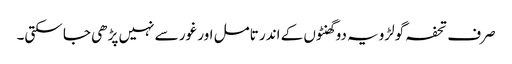
صرف تحفہ گولڑویہ دو گھنٹوں کے اندر تامل اور غور سے نہیں پڑھی جا سکتی۔